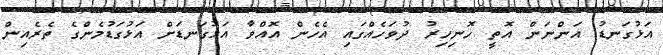
އަޅުގަނޑު އަންނަން އޮތީ ހޮނިހިރު ދުވަހެއްގައި އެހެން އޮއްވާ އަޅުގަނޑަށް އަޅުގަޑުމެންގެ ތެރެއިން